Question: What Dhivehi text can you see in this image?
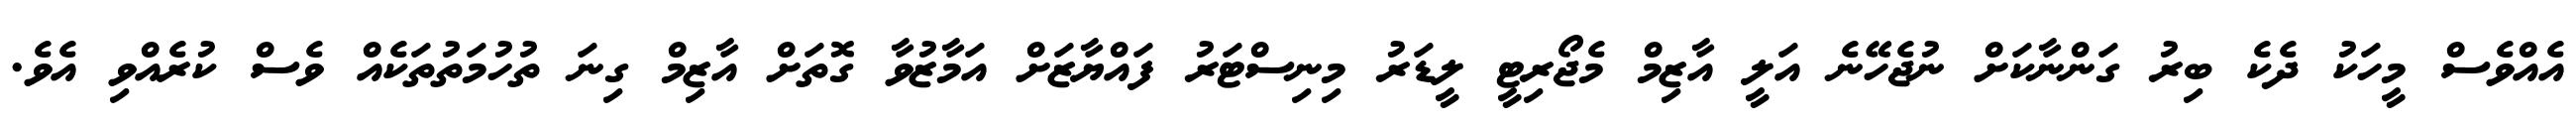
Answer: އެއްވެސް މީހަކު ދެކެ ބިރު ގަންނާކަށް ނުޖެހޭނެ އަލީ އާޒިމް މެޖޯރިޓީ ލީޑަރު މިނިސްޓަރު ފައްޔާޒަށް އަމާޒުވާ ގޮތަށް އާޒިމް ގިނަ ތުހުމަތުތަކެއް ވެސް ކުރެއްވި އެވެ.